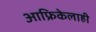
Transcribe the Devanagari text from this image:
आफ्रिकेलाही